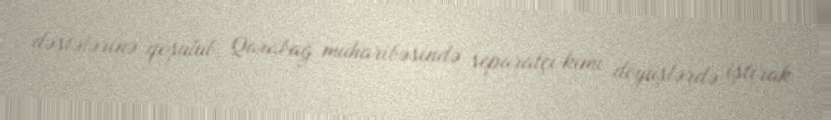
dəstələrinə qoşulub, Qarabağ müharibəsində separatçı kimi döyüşlərdə iştirak